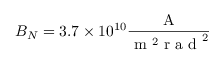
B _ { N } = 3 . 7 \times 1 0 ^ { 1 0 } \frac { \mathrm { ~ A ~ } } { \mathrm { ~ m ~ } ^ { 2 } \mathrm { ~ r ~ a ~ d ~ } ^ { 2 } }